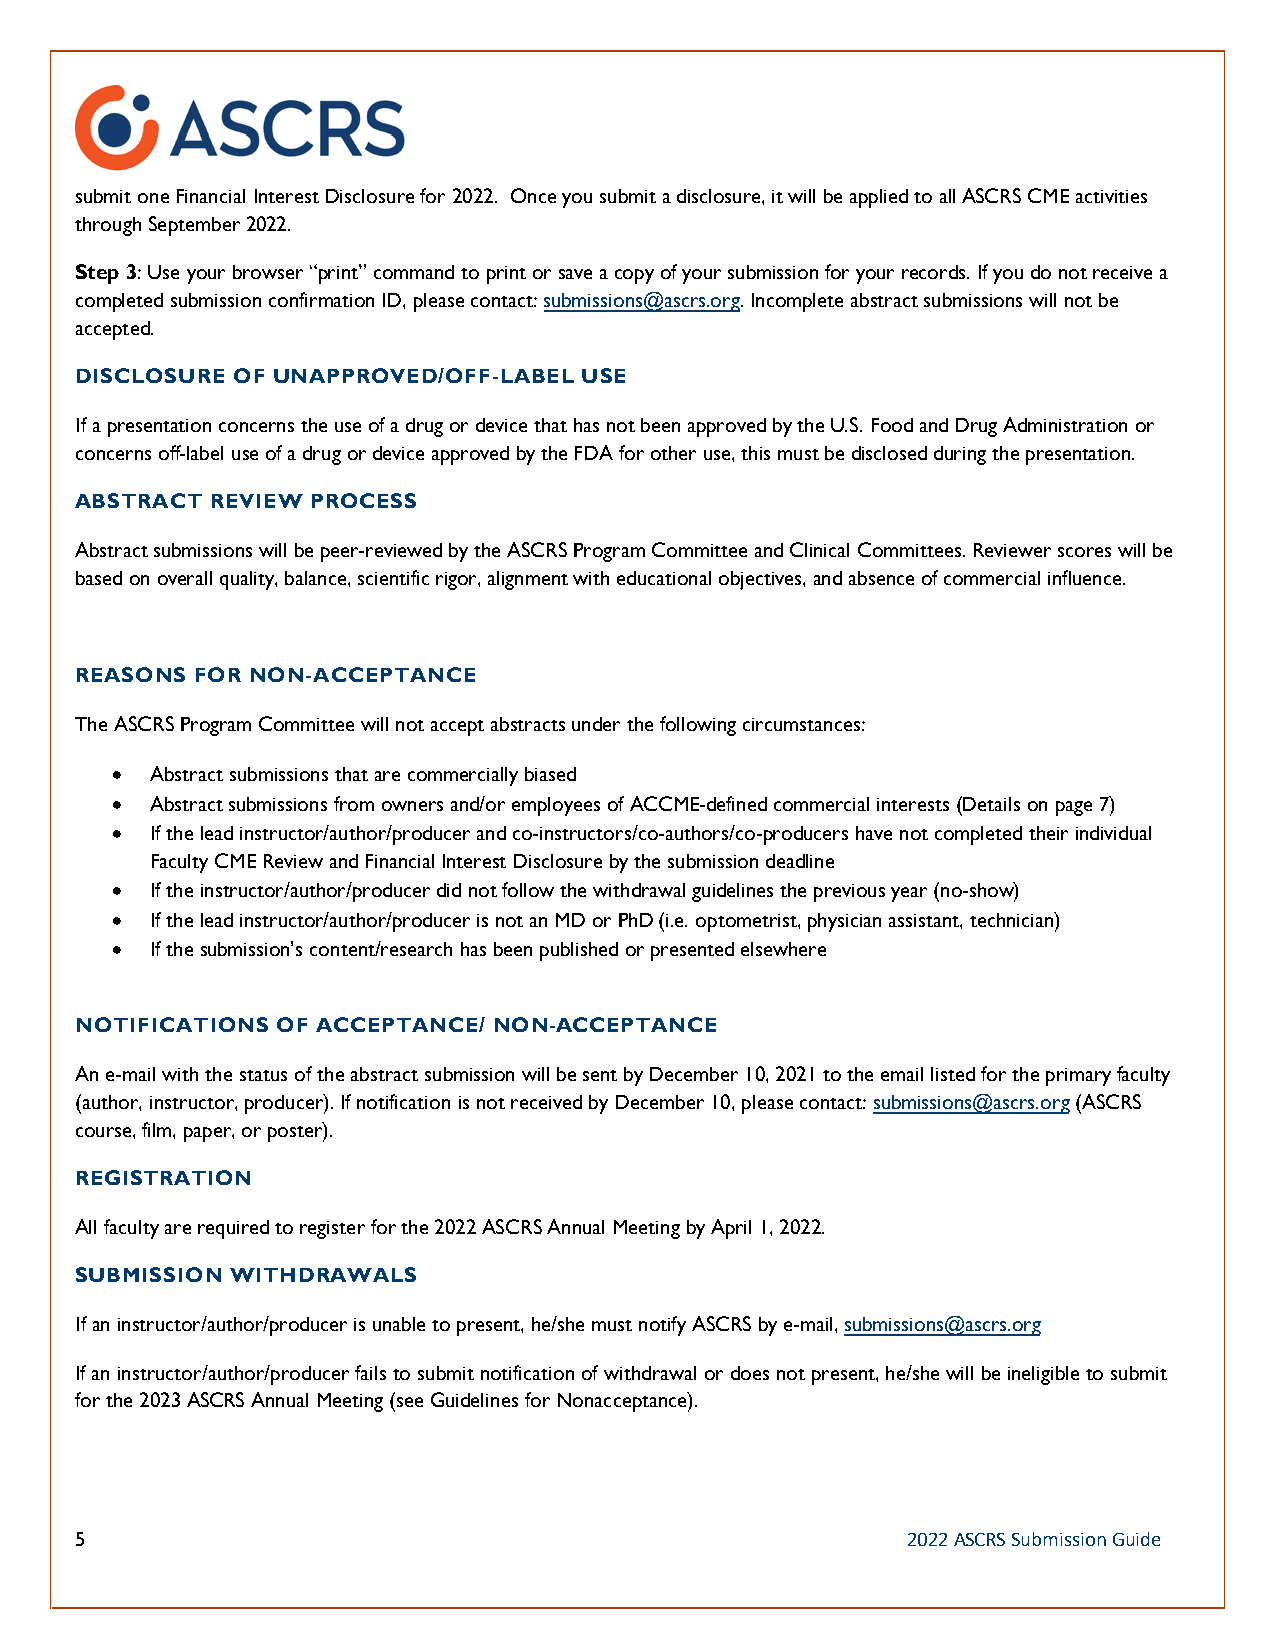
submit one Financial Interest Disclosure for 2022. Once you submit a disclosure, it will be applied to all ASCRS CME activities
 through September 2022.
 Step 3: Use your browser “print” command to print or save a copy of your submission for your records. If you do not receive a
 completed submission confirmation ID, please contact: submissions@ascrs.org. Incomplete abstract submissions will not be
 accepted.
 DISCLOSURE OF UNAPPROVED/OFF-LABEL USE
 If a presentation concerns the use of a drug or device that has not been approved by the U.S. Food and Drug Administration or
 concerns off-label use of a drug or device approved by the FDA for other use, this must be disclosed during the presentation.
 ABSTRACT REVIEW PROCESS
 Abstract submissions will be peer-reviewed by the ASCRS Program Committee and Clinical Committees. Reviewer scores will be
 based on overall quality, balance, scientific rigor, alignment with educational objectives, and absence of commercial influence.
 REASONS FOR NON-ACCEPTANCE
 The ASCRS Program Committee will not accept abstracts under the following circumstances:
 •  Abstract submissions that are commercially biased
 •  Abstract submissions from owners and/or employees of ACCME-defined commercial interests (Details on page 7)
 •  If the lead instructor/author/producer and co-instructors/co-authors/co-producers have not completed their individual
 Faculty CME Review and Financial Interest Disclosure by the submission deadline
 •  If the instructor/author/producer did not follow the withdrawal guidelines the previous year (no-show)
 •  If the lead instructor/author/producer is not an MD or PhD (i.e. optometrist, physician assistant, technician)
 •  If the submission’s content/research has been published or presented elsewhere
 NOTIFICATIONS OF ACCEPTANCE/ NON-ACCEPTANCE
 An e-mail with the status of the abstract submission will be sent by December 10, 2021 to the email listed for the primary faculty
 (author, instructor, producer). If notification is not received by December 10, please contact: submissions@ascrs.org (ASCRS
 course, film, paper, or poster).
 REGISTRATION
 All faculty are required to register for the 2022 ASCRS Annual Meeting by April 1, 2022.
 SUBMISSION WITHDRAWALS
 If an instructor/author/producer is unable to present, he/she must notify ASCRS by e-mail, submissions@ascrs.org
 If an instructor/author/producer fails to submit notification of withdrawal or does not present, he/she will be ineligible to submit
 for the 2023 ASCRS Annual Meeting (see Guidelines for Nonacceptance).
 5                                                      2022 ASCRS Submission Guide